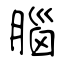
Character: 腦